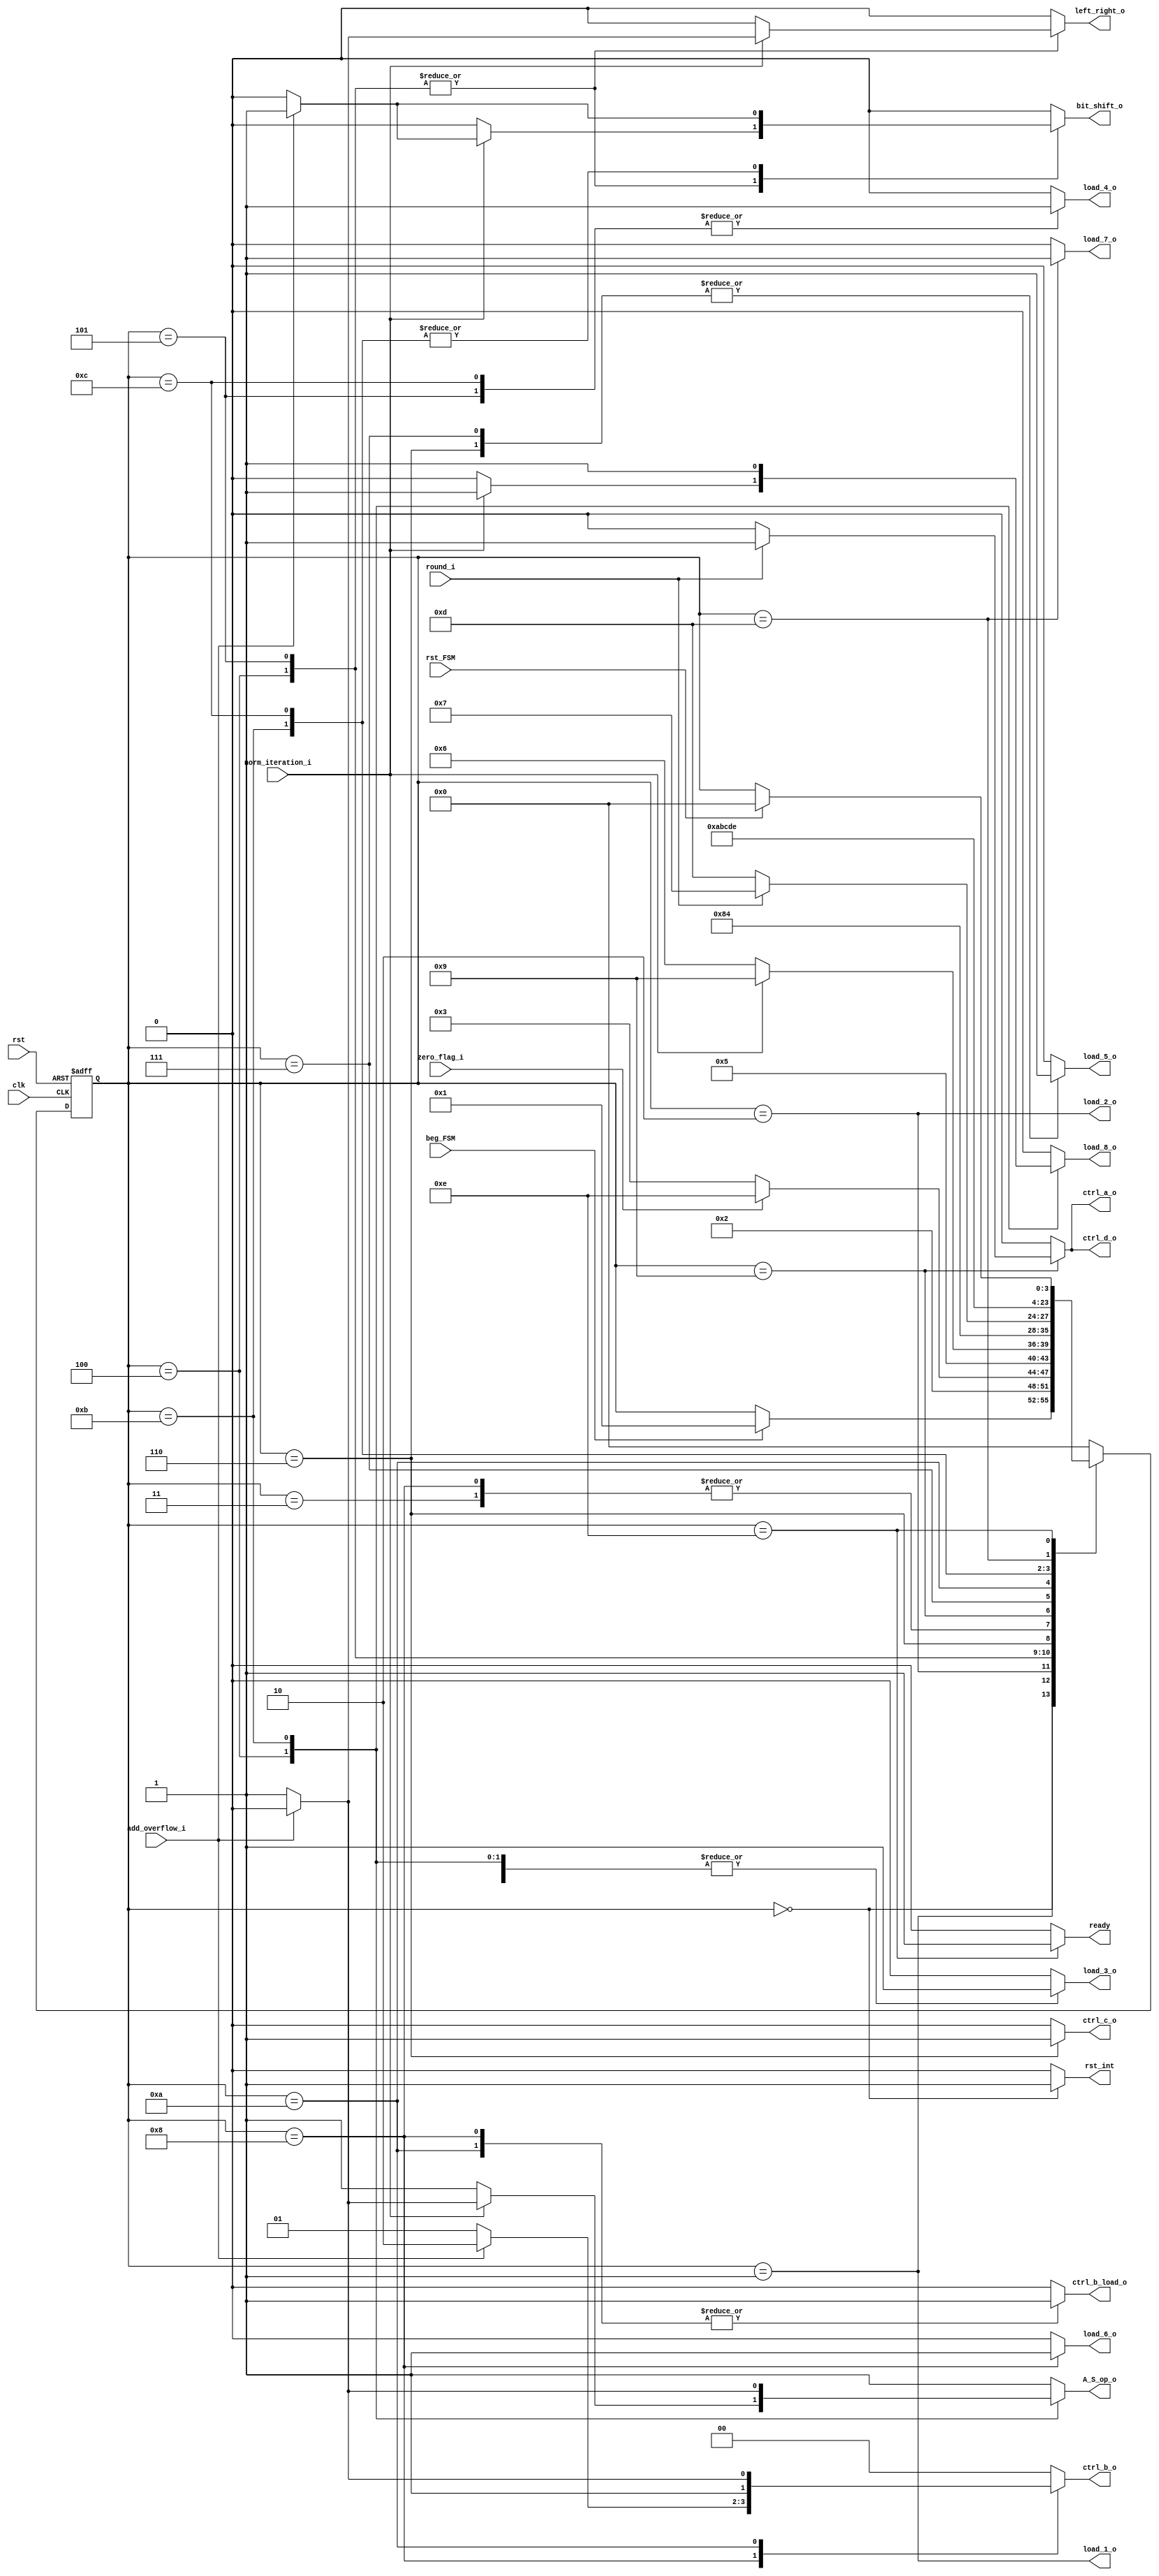
`timescale 1ns / 1ps
//////////////////////////////////////////////////////////////////////////////////
// Company: 
// Engineer: 
// 
// Design Name: 
// Module Name:    FSM_Add_Subtract 
// Project Name: 
// Target Devices: 
// Tool versions: 
// Description: 
//
// Dependencies: 
//
// Revision: 
// Revision 0.01 - File Created
// Additional Comments: 
//
//////////////////////////////////////////////////////////////////////////////////
module FSM_Add_Subtract
	(
		//INPUTS
		input wire clk, //system clock
		input wire rst, //system reset
		input wire rst_FSM,
		input wire beg_FSM, //Begin Finite State Machine
		//**REVISAD
		
	//////////////////////////////////////////////////////////////////////////////
		//Oper_Start_In evaluation signals
		input wire zero_flag_i,
		
		//Exp_operation evaluation signals
		input wire norm_iteration_i,
		
		//Barrel_Shifter evaluation signals
		//None

		//Add_Subt_Sgf evaluation signals
		input wire add_overflow_i,

		//LZA evaluation signals
		//None

		//Deco_round evaluation Signals
		input wire round_i,

		//Final_result evaluation signals
		//None
		
		
		//OUTPUT SIGNALS
	
////////////////////////////////////////////////////////////////////////////////////	
		//Oper_Start_In control signals
		output wire load_1_o,//Enable input registers
		output wire load_2_o,//Enable output registers

		//Exp_operation control signals
		output reg load_3_o, //Enable Output registers
		output reg load_8_o,
		output reg A_S_op_o, //Select operation for exponent normalization(Subt for left shift, Add for right shift)
	
		
		//Barrel shifter control signals
		output reg load_4_o, //Enable Output registers
		output reg left_right_o, //Select direction shift (right=0, left=1)
		output reg bit_shift_o, //bit input for shifts fills

		
		//Add_Subt_sgf control signals
		output reg load_5_o, //Enables Output registers
	
		
		//LZA control signals
		output reg load_6_o, //Enables Output registers

		//Deco_Round control signals
		//None

		//Final_Result control signals
		output reg load_7_o,
		
		///////////////////////////////\\\\\\\\\\\\\\\\\\\\\\\\\\\\\\\\\\\\\\\\\\\\\\\\\\\\\\\\\\\\\\\\\\\\

		//Multiplexer selector for Exp_operation's OPER_A

		output reg ctrl_a_o,

		//Multiplexer selector for Exp_operation's OPER_B & Barrel_Shifter's Shift value

		output reg [1:0] ctrl_b_o,
		output reg ctrl_b_load_o,

		//Multiplexer selector for Data shift

		output reg ctrl_c_o,

		//Multiplexer selector for Add_Subt_Sgf's inputs

		output reg ctrl_d_o,

		

		
		
		//Internal reset signal
		output reg rst_int,
		//Ready  Signal
		output reg ready
	 );


localparam [3:0] 
//First I'm going to declarate the registers of the first phase of execution
					 start = 4'd0, //This state evaluates the beg_FSM to begin operations

				     load_oper = 4'd1, //This state enables the registers that contains
											 //both operands and the operator
					 zero_info_state = 4'd2, //Evaluate zero condition

					 load_diff_exp = 4'd3, //Enable registers for the exponent on the small value normalization and for the first
					 						//result normalization
					 						
					 extra1_64= 4'd4,					
					 
					 norm_sgf_first= 4'd5, //Enable the barrel shifter's registers and evaluate if it's the first time (small operand) or the
					 					  //second time (result normalization)	
                      
					 add_subt = 4'd6, //Enable the add_subt_sgf's registers  

					 add_subt_r = 4'd7, //Enable the add_subt_sgf's registers for round condition
					 
					 overflow_add = 4'd8,
					 
					 round_sgf = 4'd9, //Evaluate the significand round condition
                                          
                      overflow_add_r = 4'd10,
     
                      extra2_64= 4'd11, //Enable registers for the exponent normalization on round condition
                                                                
                      norm_sgf_r = 4'd12, //Enable the barrel shifter's registers for round condition
 
                      load_final_result  = 4'd13, //Load the final_result's register with the result
 
                      ready_flag = 4'd14; //Enable the ready flag with the final result

                     
                     
					 
					 


					 
					//**********************REVISADO
	
					
reg [3:0] state_reg, state_next ; //state registers declaration
		 
////////////////////////Logic outputs///////////////77

assign load_1_o= (state_reg==load_oper);
assign load_2_o= (state_reg==zero_info_state);

////
always @(posedge clk, posedge rst)
	if (rst) begin
		state_reg <= start;	
	end
	else begin
		state_reg <= state_next;
	end

///	
always @*
	begin
	state_next = state_reg;
	rst_int = 0;
		//Oper_Start_In control signals
	//load_1_o=0;
	//load_2_o=0;

	//Exp_operation control signals
	load_3_o=0;
	load_8_o=0;
	A_S_op_o=1;

	//Barrel shifter control signals
	load_4_o=0;
	left_right_o=0;
	bit_shift_o=0; //bit input for shifts fills

	
	//Add_Subt_sgf control signals
	load_5_o=0;

	//LZA control signals
	load_6_o=0;

	//Deco_Round control signals
	//None

	//Final_Result control signals
	load_7_o=0;
	
	///////////////////////////////\\\\\\\\\\\\\\\\\\\\\\\\\\\\\\\\\\\\\\\\\\\\\\\\\\\\\\\\\\\\\\\\\\\\

	//Multiplexer selector for Exp_operation's OPER_A
	
	ctrl_a_o=0;

	//Multiplexer selector for Exp_operation's OPER_B

	ctrl_b_o=2'b00;
	ctrl_b_load_o=0;

	//Multiplexer selector for Barrel_Shifter's Data shift

	ctrl_c_o=0;

	//Multiplexer selector for Barrel_Shifter's Shift value


	//Multiplexer selector for Add_Subt_Sgf's inputs

	ctrl_d_o=0;

	
	//Ready Phase
	ready = 0;
	//**REVISADO
	rst_int = 0;
	
	case(state_reg)
//FPU reset 
		start: begin
			rst_int=1;

			if(beg_FSM) begin
				state_next = load_oper;
			end
		end

		load_oper: //Load input registers for  Oper_star in evaluation
		
		begin
			
		//	load_1_o = 1;
			state_next = zero_info_state;
		end

		zero_info_state: //In case of zero condition, go to final result for ready flag. Else, continue with the calculation
		begin
			if (zero_flag_i)begin
				state_next = ready_flag;end
			else begin
				//load_2_o = 1;
				state_next = load_diff_exp;end
		end
		

		load_diff_exp: //in first instance, Calculate DMP - DmP exponents, in other iteration, evaluation in
		begin
			load_3_o = 1;
			/*
			if ()*/

			state_next = extra1_64;
		end

        extra1_64:
        begin
        load_3_o = 1;
            if (norm_iteration_i)begin
                load_8_o=1;
                if(add_overflow_i)begin
                    A_S_op_o=0;
                    left_right_o=0;
                    bit_shift_o=1;
                end
                        
	            else begin
	                A_S_op_o=1;
	                left_right_o=1;
	                bit_shift_o=0;
                end
            end               
            state_next = norm_sgf_first;
        end
        
		norm_sgf_first: //
		begin
			load_4_o = 1;
			if (norm_iteration_i)begin
				if(add_overflow_i)begin
                    left_right_o=0;
                    bit_shift_o=1;
                    state_next = round_sgf;
                end
				else begin
					left_right_o=1;
					bit_shift_o=0;
					state_next = round_sgf;end
			end
			else 
				state_next = add_subt;
		end


		add_subt:
		begin
			//Reg enables
			load_5_o = 1;
			ctrl_c_o = 1;
			state_next = overflow_add;
		end

		overflow_add:
		begin
			//Reg enables/Disables
			load_6_o=1;
			ctrl_b_load_o=1;
            if ( add_overflow_i)begin
                ctrl_b_o=2'b10;
                
                end
            else begin
                A_S_op_o=1;
                ctrl_b_o=2'b01;
                

            end	
            //state_next = load_exp_oper_over;
            state_next = extra1_64;
		end



		round_sgf:
		begin
			load_4_o = 0;
			
				if(round_i) begin
					ctrl_d_o =1;
					ctrl_a_o = 1;
					state_next = add_subt_r; end
				else begin
					state_next = load_final_result; end
		end

		
		add_subt_r:
		begin
			load_5_o = 1;
			state_next = overflow_add_r;
			
		end
		
		overflow_add_r:
		begin
            ctrl_b_load_o=1;	
			if ( add_overflow_i)begin
                ctrl_b_o=2'b10;
                end
            else begin
                ctrl_b_o=2'b11;
                end		
		    state_next = extra2_64;
		end
		

		extra2_64:
		
		begin
  			load_3_o = 1;
            load_8_o = 1;
			if ( add_overflow_i)begin
                A_S_op_o=0;
	            bit_shift_o=1;
            end
	
			state_next = norm_sgf_r;
		  
        end
      
		norm_sgf_r:
		begin
			load_4_o = 1;
			if ( add_overflow_i)begin
                left_right_o=0;
                bit_shift_o=1;
            end
			state_next = load_final_result;
		end
		
		load_final_result:
		begin
			load_7_o = 1;
			state_next = ready_flag;
		end
		ready_flag:
		begin
			ready = 1;
				if(rst_FSM) begin
					state_next = start;end
		end

		default:
		begin
			state_next =start;end
	endcase
end

	
endmodule